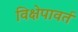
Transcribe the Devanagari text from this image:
विक्षेपावर्त